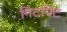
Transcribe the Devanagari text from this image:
गिटपिट